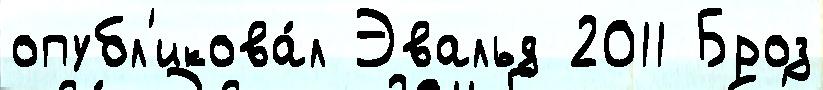
опубл'икова́л Эвальд 2011 Броз